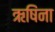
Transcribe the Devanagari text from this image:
ऋषिंना